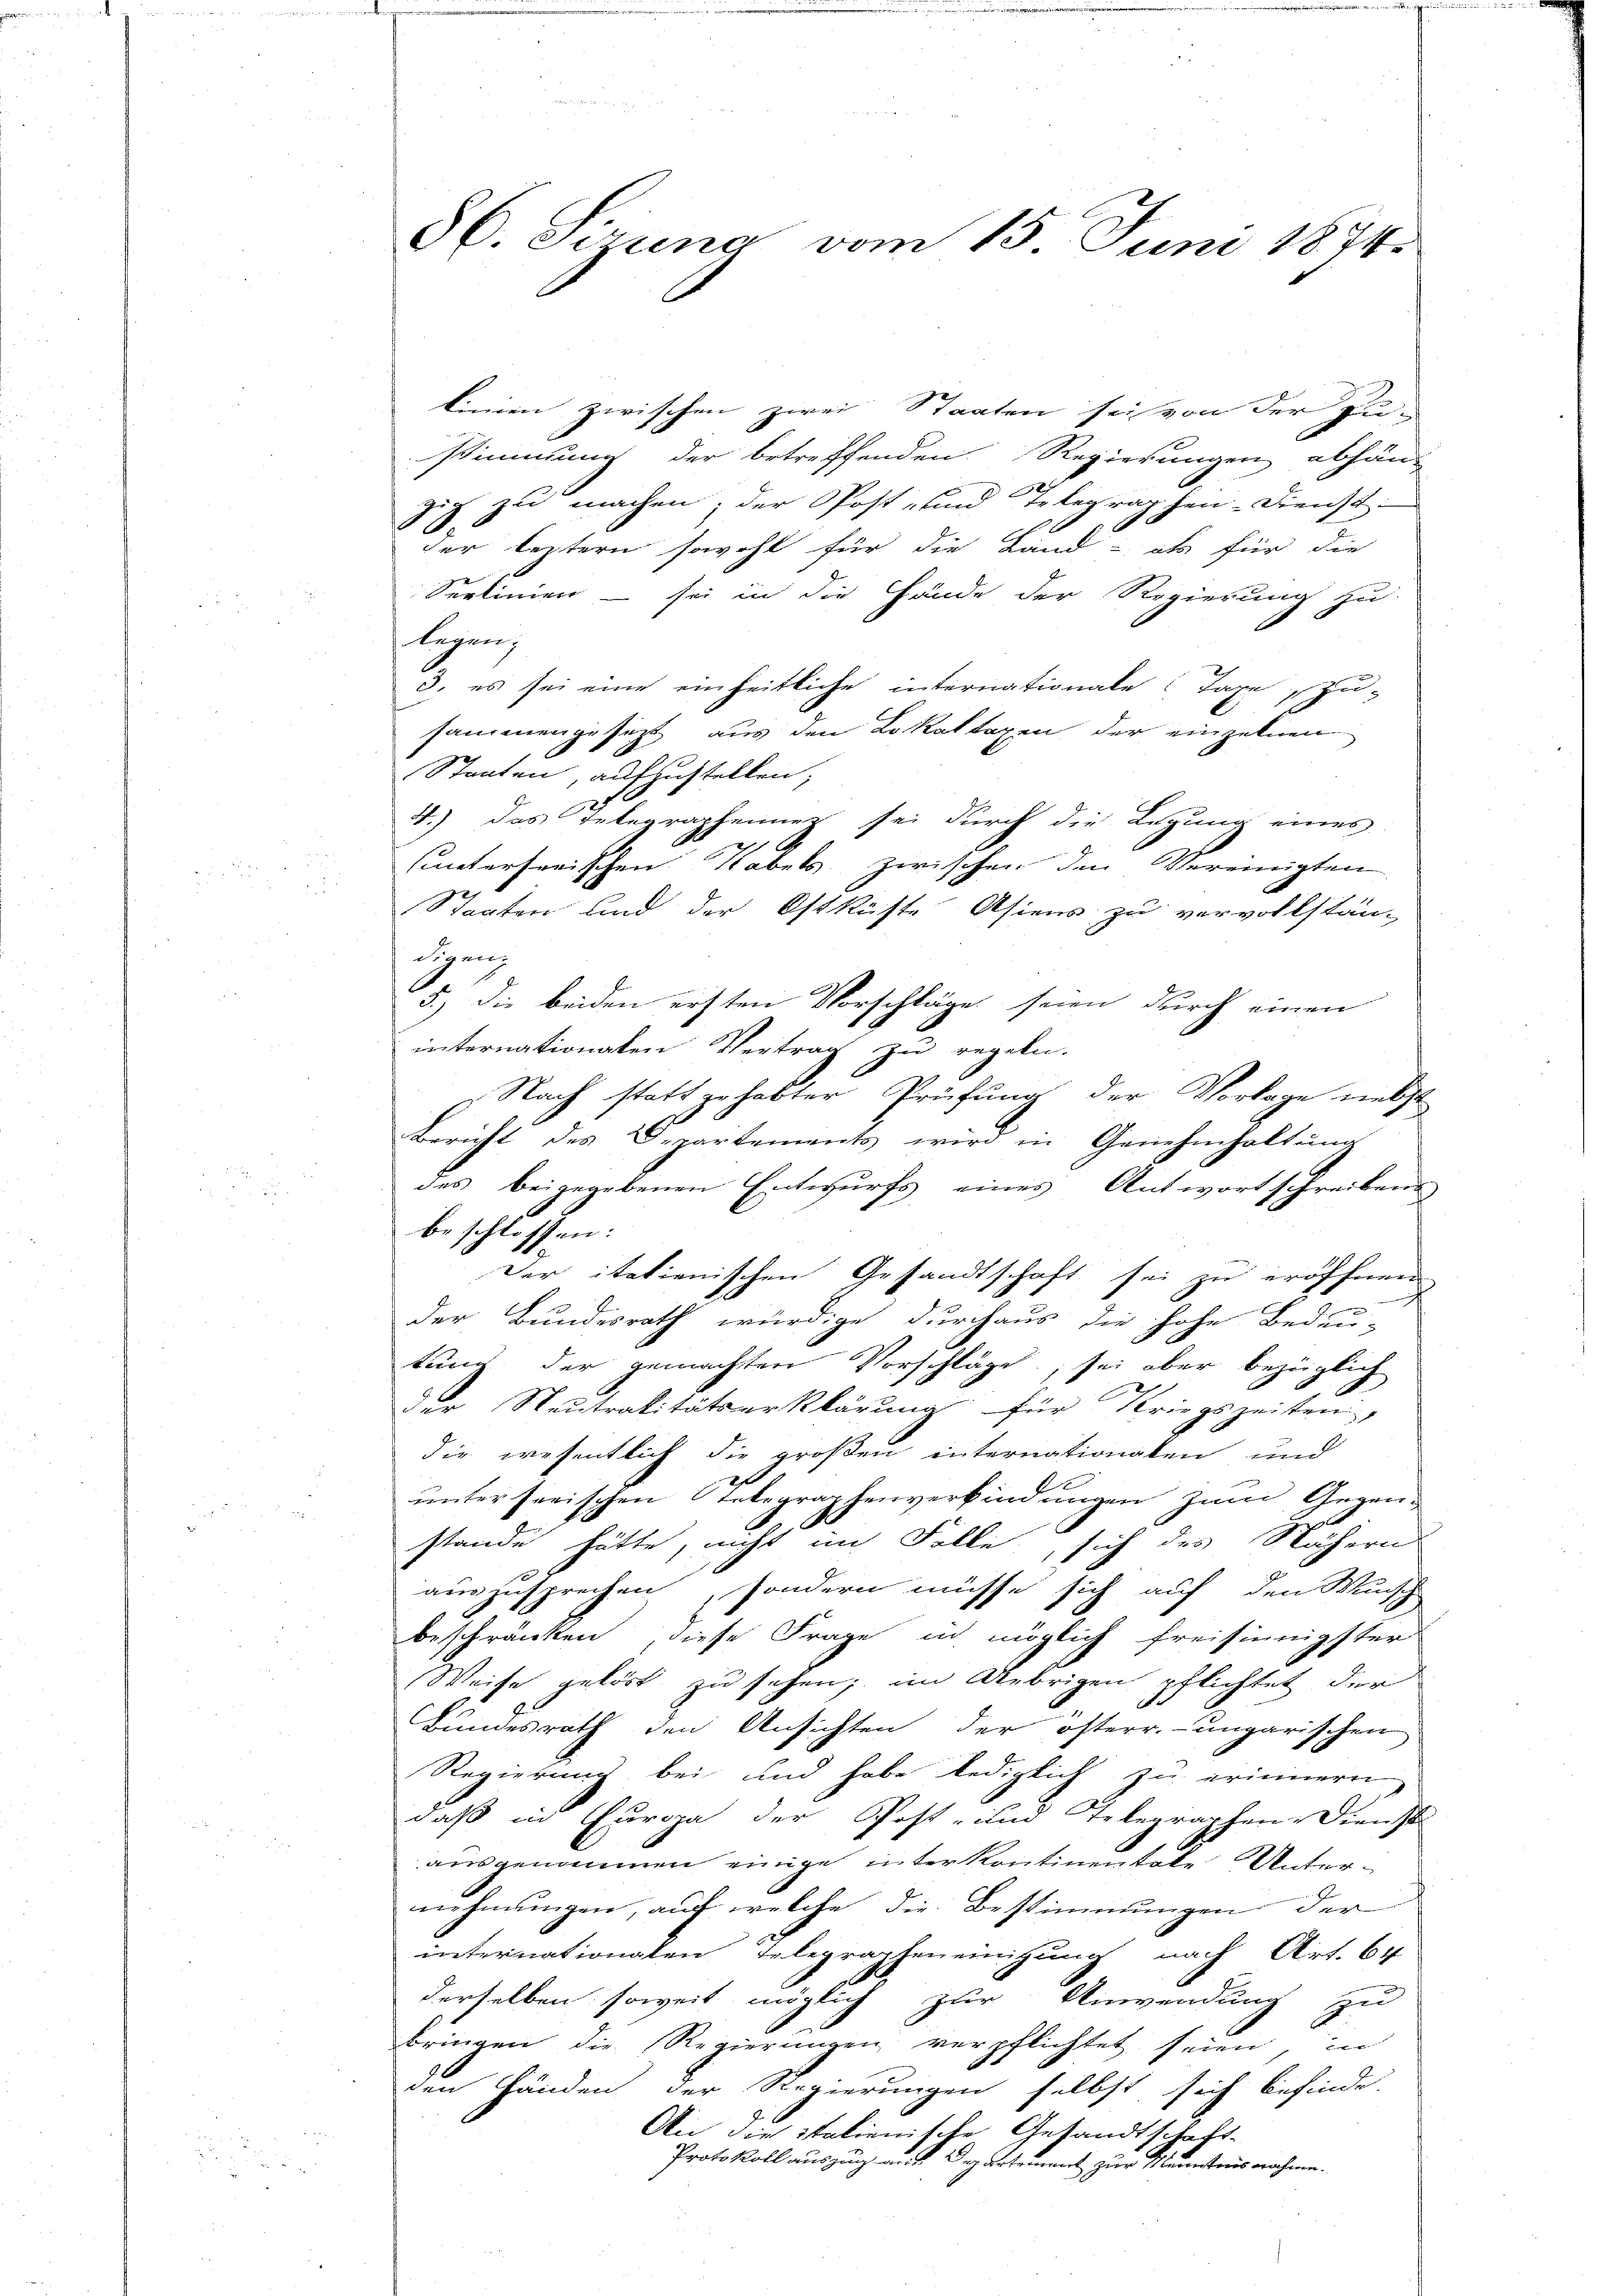
56. Sizung vom 15. Juni 1874.

linien zwischen zwei Staaten sei von der Zu-
stimmung der betreffenden Regierungen abhän-
gig zu machen; der Post- und Telegraphen-Dienst-
i
der leztern sowohl für die Land - als für die
Seelinien - sei in die Hände der Regierung zu
Legen,
3. es sei eine einheitliche internationale Taxe zusammengesetzt aus den Lokal taxen der einzelnen
Staaten, aufzustellen;
4.) das Telegraphenner sei durch die Legung eines
sunterserischen Tabels zwischen den Vereinigten
Staaten und der Ostküste Asiens zu vervollstän-
digen
5.) Die beiden ersten Vorschläge seien durch einen
internationalen Vertrag zu regeln.
Nach statt gehabter Prüfung der Vorlage netzt-
Bericht des Departements wird in Genehmhaltung
des beigegebenen Entwurfs eines Antwortschreibens
beschlossen:
Der itationischen Gesandtschaft sei zu eröffnen
der Bundesrath würdige durchaus die hohe Bedeu
tung der gemachten Vorschläge, sei aber bezüglich
der Neutralitätserklärung für Kriegszeiten,
die wesentlich die großen internationalen und
unterferischen Telegraphenverbindungen zum Gegenstande hätte, nicht im Folle, sich des Nähern
t
auszusprechen, sondern müsse sich auf den Wunsch
beschränken, diese Frage in möglich freisinnigster
Weise gelöst zu sehen; im Uebrigen pflichtet der
Bundesrath den Ansichten der österr.-ungarischen
Regierung bei und habe lediglich zu erinnern
daß in Europa der Post- und Telegraphen- Dienst
ausgenommen einige interkontinentale Unternehmungen, auf welche die Bestimmungen der
internationalen Telegrapheneinigung nach Art. 64
derselben soweit möglich zur Anwendung zu
bringen die Regierungen verpflichtet seien, in
den Händen der Regierungen selbst sich befinde
An die italienische Gesandtschaft-
Protokoll auszug auf Departement zur Mannstaus nahme.